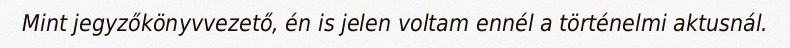
Mint jegyzőkönyvvezető, én is jelen voltam ennél a történelmi aktusnál.